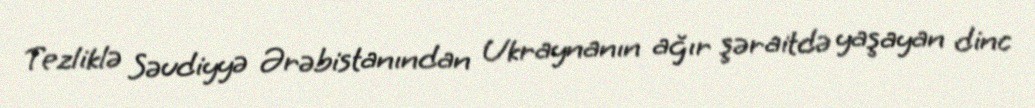
Tezliklə Səudiyyə Ərəbistanından Ukraynanın ağır şəraitdə yaşayan dinc